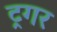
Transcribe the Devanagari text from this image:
ट्रगर